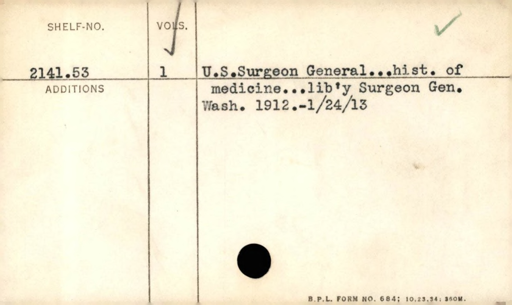
Label: content